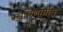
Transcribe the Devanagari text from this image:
रसायनमिति